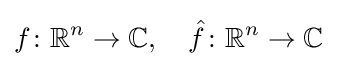
f\colon \mathbb {R} ^{n}\to \mathbb {C} ,\quad {\hat {f}}\colon \mathbb {R} ^{n}\to \mathbb {C}